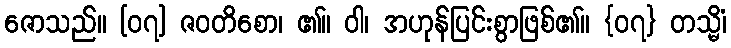
ဇောသည်။ [၀၇] ဇဝတိစော၊ ၏။ ဝါ၊ အဟုန်ပြင်းစွာဖြစ်၏။ {၀၇} တသ္မိံ၊